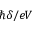
\hbar \delta / e V